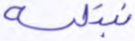
نبتليه